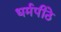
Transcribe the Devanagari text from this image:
धर्मपीठे